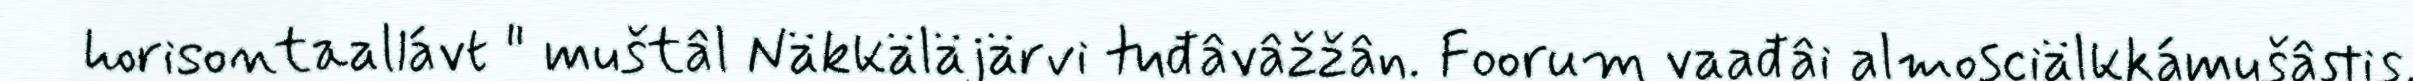
horisontaallávt " muštâl Näkkäläjärvi tuđâvâžžân. Foorum vaađâi almosciälkkámušâstis,